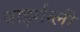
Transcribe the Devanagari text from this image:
बार्झाग्ली